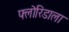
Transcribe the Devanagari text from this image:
फ्लोरिडाला